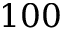
1 0 0